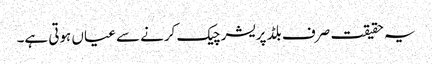
یہ حقیقت صرف بلڈ پریشر چیک کرنے سے عیاں ہوتی ہے۔